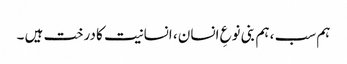
ہم سب ، ہم بنی نوعِ انسان ، انسانیت کا درخت ہیں ۔